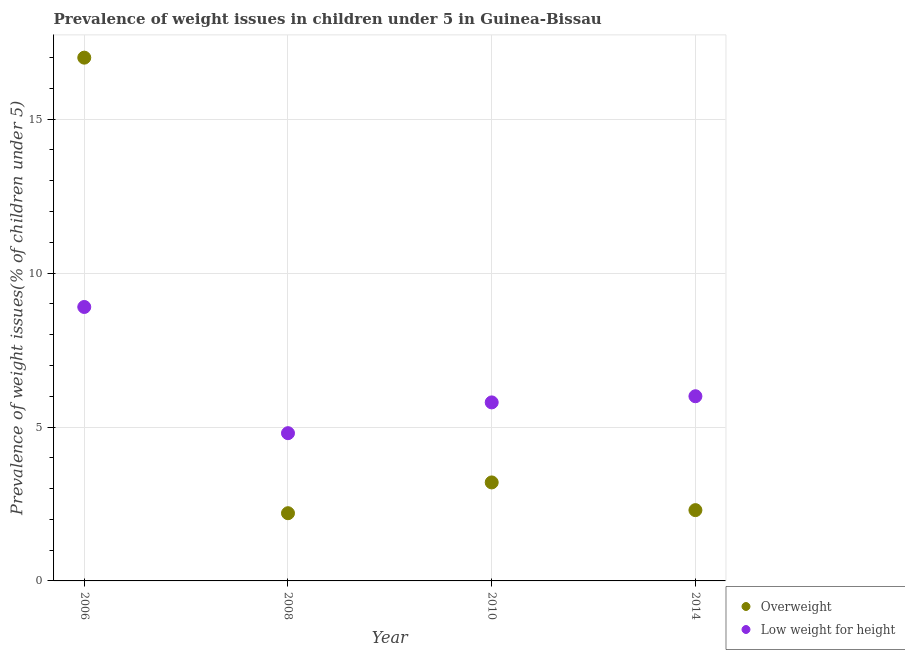
| Year | Overweight | Low weight for height |
 | --- | --- | --- |
 | 2006 | 17 | 8.9 |
 | 2008 | 2.2 | 4.8 |
 | 2010 | 3.2 | 5.8 |
 | 2014 | 2.3 | 6 |